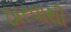
ઠારવાથી